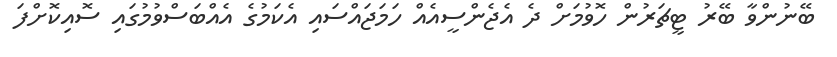
ބޭނުންވާ ބޭރު ޓީޗަރުން ހޮވުމަށް ދެ އެޖެންސީއެއް ހަމަޖައްސައި އެކަމުގެ އެއްބަސްވުމުގައި ސޮއިކޮށްފަ